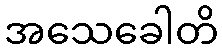
အသေခေါတိ